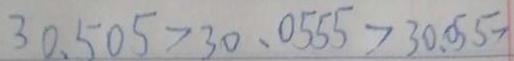
3 0 . 5 0 5 > 3 0 . 0 5 5 5 > 3 0 . 0 5 5 >